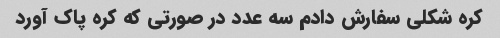
کره شکلی سفارش دادم سه عدد در صورتی که کره پاک آورد